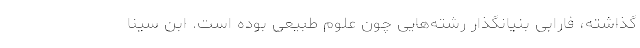
گذاشته، فارابی بنیانگذار رشته‌هایی چون علوم طبیعی بوده است. ابن سینا